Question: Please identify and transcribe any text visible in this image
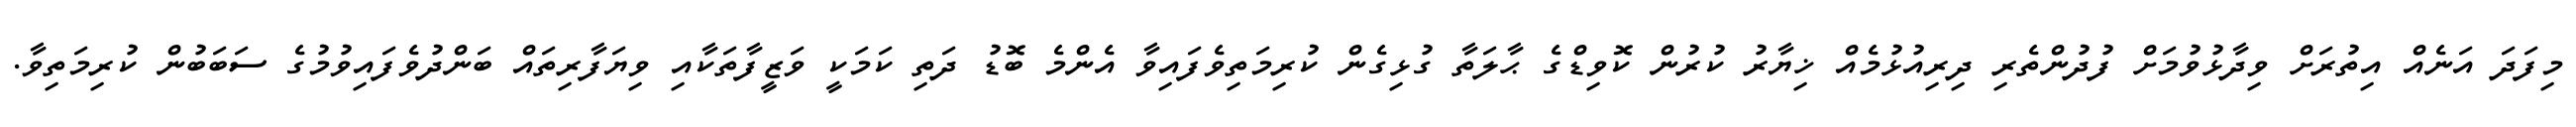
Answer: މިފަދަ އަނެއް އިތުރަށް ވިދާޅުވުމަށް ފުދުންތެރި ދިރިއުޅުމެއް ޚިޔާރު ކުރުން ކޮވިޑްގެ ޙާލަތާ ގުޅިގެން ކުރިމަތިވެފައިވާ އެންމެ ބޮޑު ދަތި ކަމަކީ ވަޒީފާތަކާއި ވިޔަފާރިތައް ބަންދުވެފައިވުމުގެ ސަބަބުން ކުރިމަތިވާ.